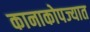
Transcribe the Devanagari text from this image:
कानाकोपज्यात